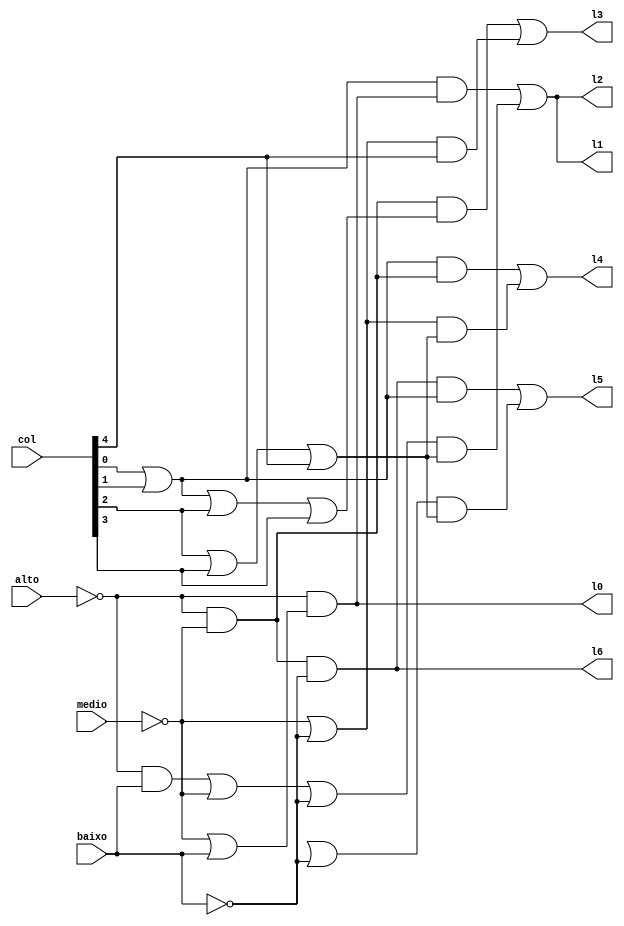
module decoder_linhas_caixa(alto, medio, baixo, col, l0, l1, l2, l3, l4, l5, l6);

	input alto, medio, baixo;
	input [4:0]col;
	output l0, l1, l2, l3, l4, l5, l6;

	wire desenho_baixo, desenho_baixo1, col0_1, saida1, col2_3_4, desenho_critico1, desenho_l1, desenho_baixo3, saida_3, desenho_critico3, desenho_linha3;
	wire saida_4b, saida_4c, desenho_vazio5, saida_5v, desenho_erro5, saida_5e,saida_l5;

	// Linha 0
	or (desenho_baixo0, !medio, baixo);
	and (l0, !alto, desenho_baixo0);

	// Linha 1
	or (col0_1, col[0], col[1]);
	and (saida1, col0_1, l0);
	
	or (col2_3_4, col[2], col[3], col[4]);
	and (desenho_baixo1, !alto, baixo);
	
	or (desenho_critico1, desenho_baixo1, !medio, !baixo);
	and (desenho_l1, desenho_critico1, col2_3_4);
	or (l1, saida1, desenho_l1);

	// Linha 2
	or (l2, saida1, desenho_l1);

	// Linha 3
	and (desenho_baixo3, !alto, !medio);
	or (col0_1_2_3, col[0], col[1], col[2], col[3]);
	and (saida_3, desenho_baixo3, col0_1_2_3);
	
	or (desenho_critico3, !medio, !baixo);
	and (desenho_linha3, desenho_critico3, col[4]);
	or (l3, saida_3, desenho_linha3);

	// Linha 4
	and (saida_4b, col0_1, desenho_baixo3);
	and (saida_4c, desenho_critico3, col2_3_4);
	or (l4, saida_4b, saida_4c);

	// Linha 5
	and (desenho_vazio5, !alto, !medio, !baixo);
	and (saida_5v, desenho_vazio5, col0_1);
	and (desenho_erro5, alto, !medio);
	
	or (saida_5e, desenho_erro, !baixo);
	and (saida_l5,saida_5e , col2_3_4);
	or (l5, saida_5v,saida_l5);

	// Linha 6
	and (l6, !alto, !medio, !baixo);

endmodule